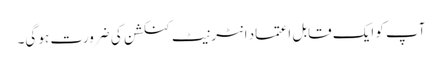
آپ کو ایک قابل اعتماد انٹرنیٹ کنکشن کی ضرورت ہو گی۔